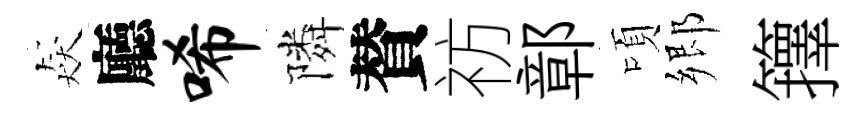
猋廳唏隣賛祊鄣頃郷籜